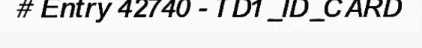
# Entry 42740 - TD1_ID_CARD